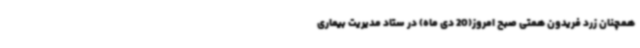
همچنان زرد فریدون همتی صبح امروز(20 دی ماه) در ستاد مدیریت بیماری